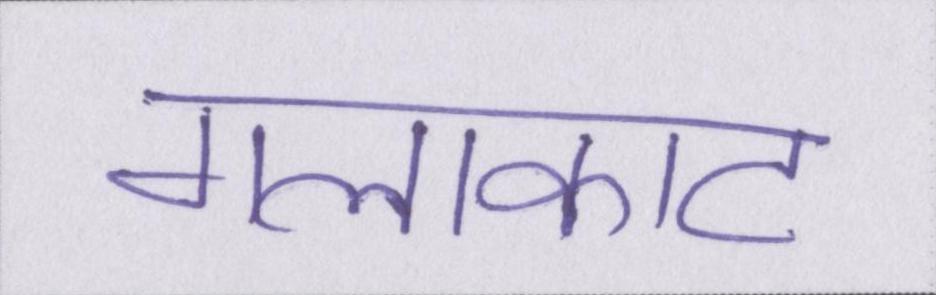
गलाकाट